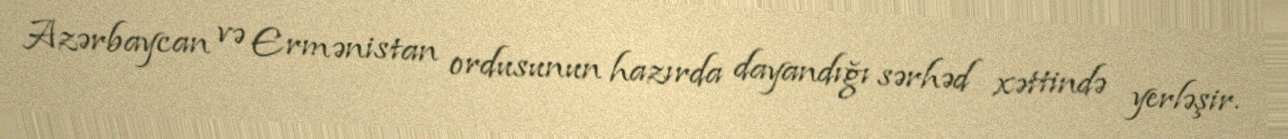
Azərbaycan və Ermənistan ordusunun hazırda dayandığı sərhəd xəttində yerləşir.